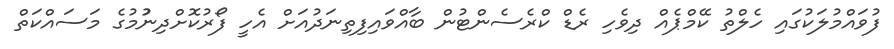
ފުވައްމުލަކުގައި ހެލްތު ކޭމްޕެއް ދިވެހި ރެޑް ކްރެސެންޓުން ބާއްވައިފިތިނަދުއަށް އެހީ ފޯރުކޮށްދިނުުމުގެ މަސައްކަތް